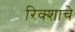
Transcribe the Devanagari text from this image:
रिक्शाचे